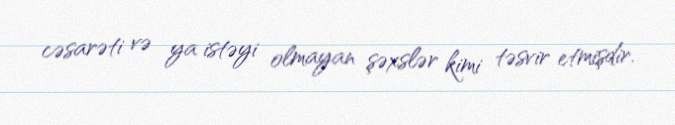
cəsarəti və ya istəyi olmayan şəxslər kimi təsvir etmişdir.